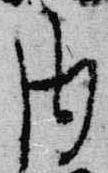
内